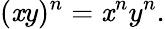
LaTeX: (\mathit{x}y)^{n}=\mathit{x}^{n}y^{n}.